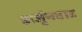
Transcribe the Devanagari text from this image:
अर्जुनवाड